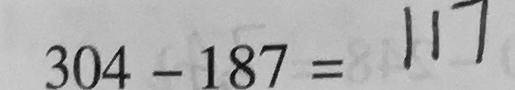
3 0 4 - 1 8 7 = 1 1 7